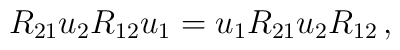
R_{21}u_2R_{12}u_1=u_1R_{21}u_2R_{12}\,,